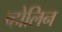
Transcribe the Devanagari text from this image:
व्होलिन